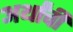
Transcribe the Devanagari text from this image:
अर्थांची